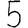
Digit: 5